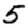
Digit: 5